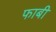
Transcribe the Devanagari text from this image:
फाबी